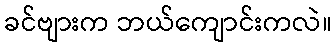
ခင်ဗျားက ဘယ်ကျောင်းကလဲ။